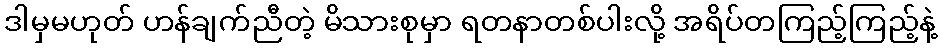
ဒါမှမဟုတ် ဟန်ချက်ညီတဲ့ မိသားစုမှာ ရတနာတစ်ပါးလို့ အရိပ်တကြည့်ကြည့်နဲ့